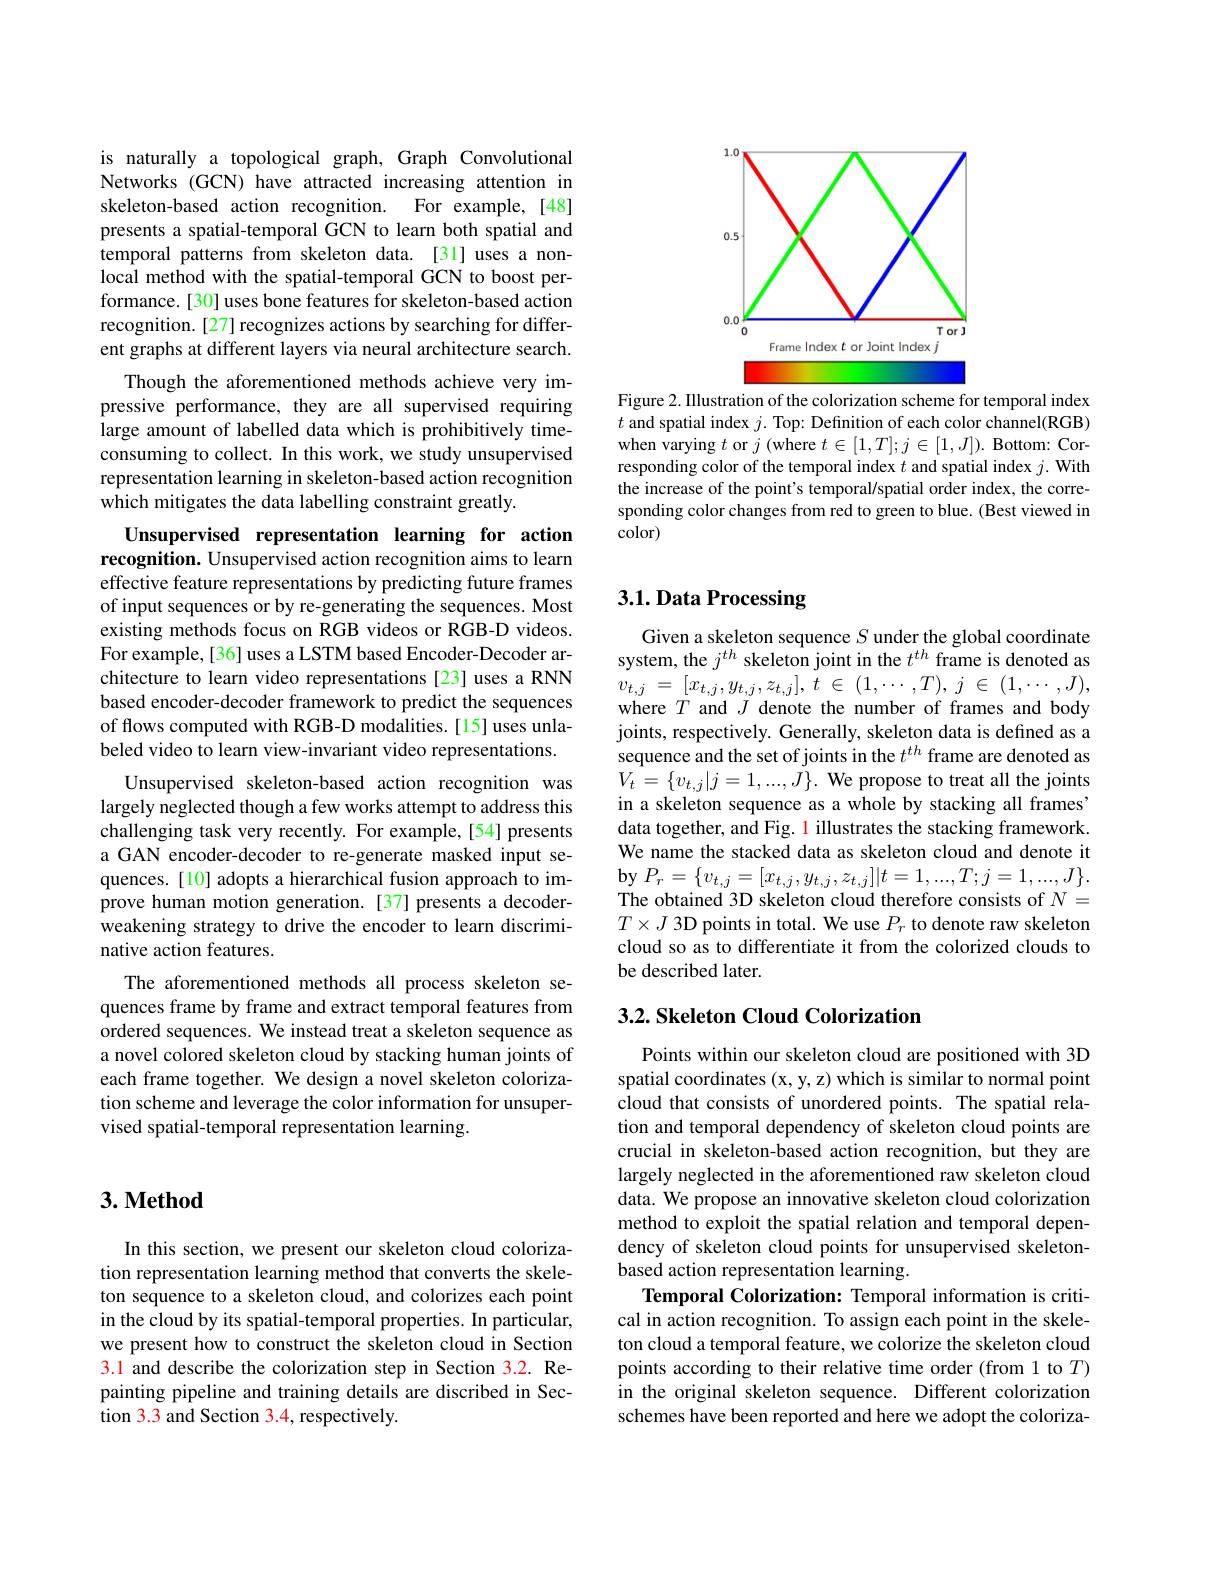
is naturally a topological graph, Graph Convolutional Networks (GCN) have attracted increasing attention in skeleton-based action recognition. For example, [48] presents a spatial-temporal GCN to learn both spatial and temporal patterns from skeleton data. [31] uses a nonlocal method with the spatial-temporal GCN to boost performance. [30] uses bone features for skeleton-based action recognition.[27] recognizes actions by searching for different graphs at different layers via neural architecture search.
Though the aforementioned methods achieve very impressive performance, they are all supervised requiring large amount of labelled data which is prohibitively timeconsuming to collect. In this work, we study unsupervised representation learning in skeleton-based action recognition which mitigates the data labelling constraint greatly.

Unsupervised representation learning for action recognition. Unsupervised action recognition aims to learn effective feature representations by predicting future frames of input sequences or by re-generating the sequences. Most existing methods focus on RGB videos or RGB-D videos. For example, [36] uses a LSTM based Encoder-Decoder architecture to learn video representations [23] uses a RNN based encoder-decoder framework to predict the sequences of flows computed with RGB-D modalities. [15] uses unlabeled video to learn view-invariant video representations.
Unsupervised skeleton-based action recognition was largely neglected though a few works attempt to address this challenging task very recently. For example,[54] presents a GAN encoder-decoder to re-generate masked input sequences. [10] adopts a hierarchical fusion approach to improve human motion generation.[37] presents a decoderweakening strategy to drive the encoder to learn discriminative action features.
The aforementioned methods all process skeleton sequences frame by frame and extract temporal features from $\hat{\text{ordered sequences. We instead treat a skeleton sequence as}}$ a novel colored skeleton cloud by stacking human joints of each frame together. We design a novel skeleton colorization scheme and leverage the color information for unsupervised spatial-temporal representation learning.

## $3. \textbf{Method}$

In this section, we present our skeleton cloud colorization representation learning method that converts the skeleton sequence to a skeleton cloud, and colorizes each point in the cloud by its spatial-temporal properties. In particular, we present how to construct the skeleton cloud in Section 3.1 and describe the colorization step in Section 3.2. Repainting pipeline and training details are discribed in Section 3.3 and Section 3.4, respectively.

<FigureHere>

Figure 2. IIlustration of the colorization scheme for temporal index $t$ and spatial index $j.$ Top: Definition of each color channel(RGB) when varying $t$ or $j$ (where $t\in[1,T];j\in[1,J]).$ Bottom: Corresponding color of the temporal index $t$ and spatial index $j.$ With the increase of the point's temporal/spatial order index, the corresponding color changes from red to green to blue. (Best viewed in color)

## 3.1. Data Processing

Given a skeleton sequence $S$ under the global coordinate system, the $j^{th}$ skeleton joint in the $t^{th}$ frame is denoted as $v_{t, j}$ = $[ x_{t, j}, y_{t, j}, z_{t, j}] $, $\dot{t}$ $\in$ $( 1, \cdots , T) $, $j$ $\in$ $( 1, \cdots , J) $, where $T$ and $J$ denote the number of frames and body joints, respectively. Generally, skeleton data is defined as a sequence and the set of joints in the $t^{th}$ frame are denoted as $V_{t}=\{v_{t,j}|j=1,...,J\}.$ We propose to treat all the joints in a skeleton sequence as a whole by stacking all frames' data together, and Fig. 1 illustrates the stacking framework. We name the stacked data as skeleton cloud and denote it $\mathop{\mathrm{by}}P_{r}=\{v_{t,j}=[x_{t,j},y_{t,j},z_{t,j}]|t=1,...,T;j=1,...,J\}.$ The obtained 3D skeleton cloud therefore consists of $N=$ $T\times J$ 3D points in total. We use $P_r$ to denote raw skeleton cloud so as to differentiate it from the colorized clouds to be described later.

### $3. 2. \textbf{ Skeleton Cloud Colorization}$

Points within our skeleton cloud are positioned with 3D spatial coordinates (x, y, z) which is similar to normal point cloud that consists of unordered points. The spatial relation and temporal dependency of skeleton cloud points are crucial in skeleton-based action recognition, but they are largely neglected in the aforementioned raw skeleton cloud data. We propose an innovative skeleton cloud colorization method to exploit the spatial relation and temporal dependency of skeleton cloud points for unsupervised skeletonbased action representation learning.
Temporal Colorization: Temporal information is critical in action recognition. To assign each point in the skeleton cloud a temporal feature, we colorize the skeleton cloud points according to their relative time order (from 1 to $T)$ in the original skeleton sequence. Different colorization schemes have been reported and here we adopt the coloriza-